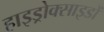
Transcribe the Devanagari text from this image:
हाइड्रोक्साइडों